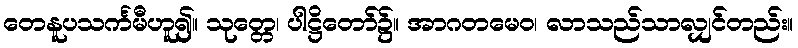
တေနူပသင်္ကမီဟူ၍။ သုတ္တေ၊ ပါဋ္ဌိတော်၌။ အာဂတမေဝ၊ လာသည်သာလျှင်တည်း။